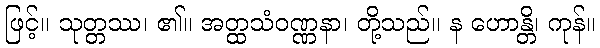
ဖြင့်။ သုတ္တဿ၊ ၏။ အတ္ထသံဝဏ္ဏနာ၊ တို့သည်။ န ဟောန္တိ၊ ကုန်။